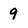
Character: 9